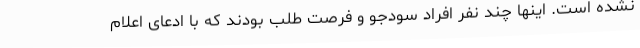
نشده است. اینها چند نفر افراد سودجو و فرصت طلب بودند که با ادعای اعلام